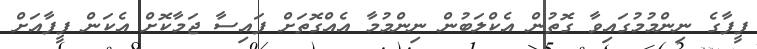
ފީފާގެ ނިންމުމުގައިވާ ގޮތުން އެކްލަބުން ނިންމުމާ އެއްގޮތަށް ފައިސާ ޖަމާކޮށް އެކަން ފީފާއަށް